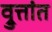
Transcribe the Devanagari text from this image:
व्रुत्तांत